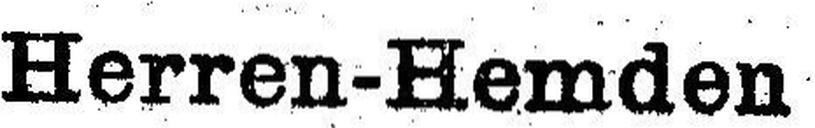
Herren-Hemden